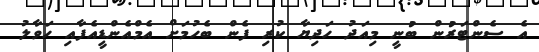
އެ ސެންޓަރުން ބުނީ މިއަދު ހަދިޔާ ކުރި ފެން ބެހުމަށް އެމްއެންޑީއެފާއި ހަވާލު